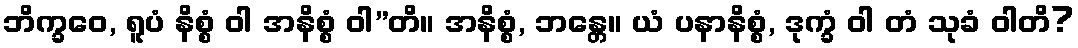
ဘိက္ခဝေ, ရူပံ နိစ္စံ ဝါ အနိစ္စံ ဝါ”တိ။ အနိစ္စံ, ဘန္တေ။ ယံ ပနာနိစ္စံ, ဒုက္ခံ ဝါ တံ သုခံ ဝါတိ?